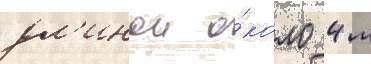
дл'инои о́коло 4 м